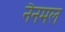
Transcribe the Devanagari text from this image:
नैनमल